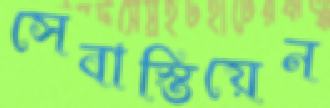
সেবাস্তিয়েন